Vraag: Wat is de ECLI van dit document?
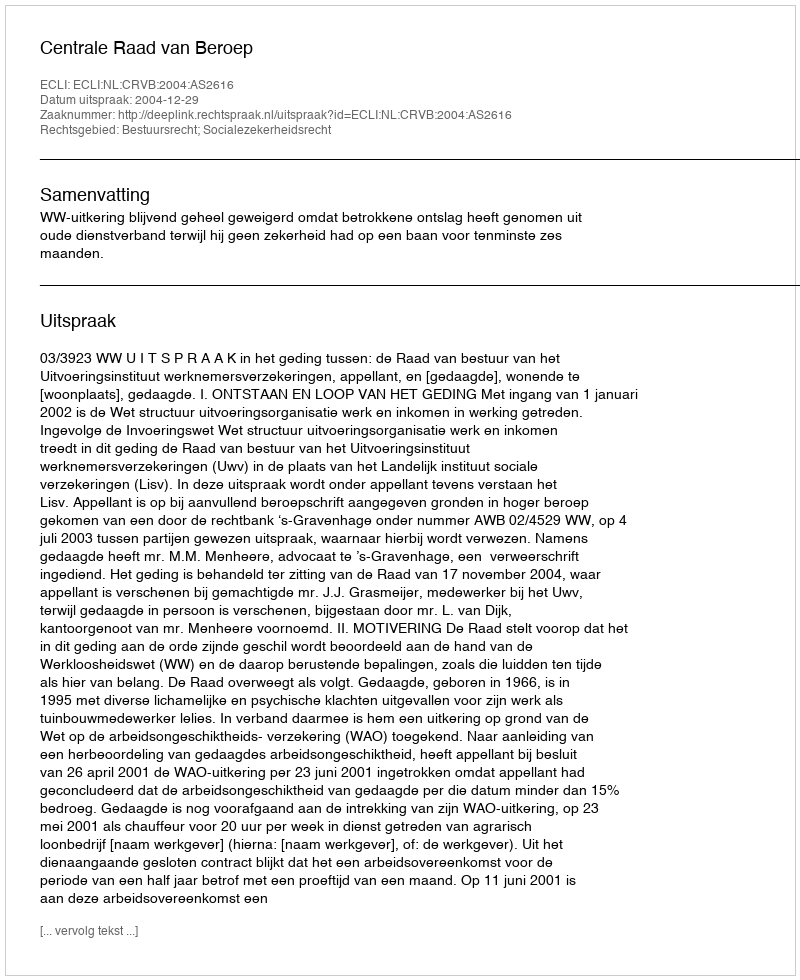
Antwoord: ECLI:NL:CRVB:2004:AS2616